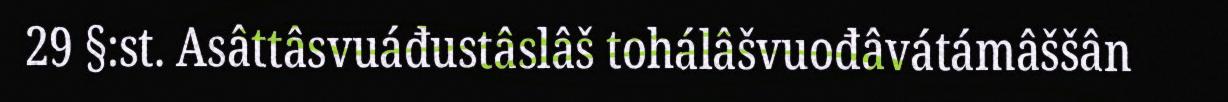
29 §:st. Asâttâsvuáđustâslâš tohálâšvuođâvátámâššân